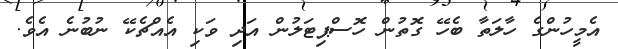
އެމީހުންގެ ހާލަތާ ބެހޭ ގޮތުން ހޮސްޕިޓަލުން އަދި ވަކި އެއްޗެކޭ ނުބުނެ އެވެ.